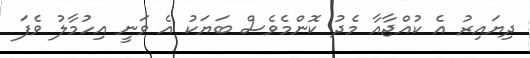
ދިޔައިރު އެ ކުއްޖާއާ މެދު ކޮންމެވެސް ބަޔަކު އެ ވަނީ އިހުމާލު ވެފަ